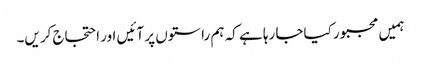
ہمیں مجبور کیاجا رہا ہے کہ ہم راستوں پر آئیں اور احتجاج کریں۔